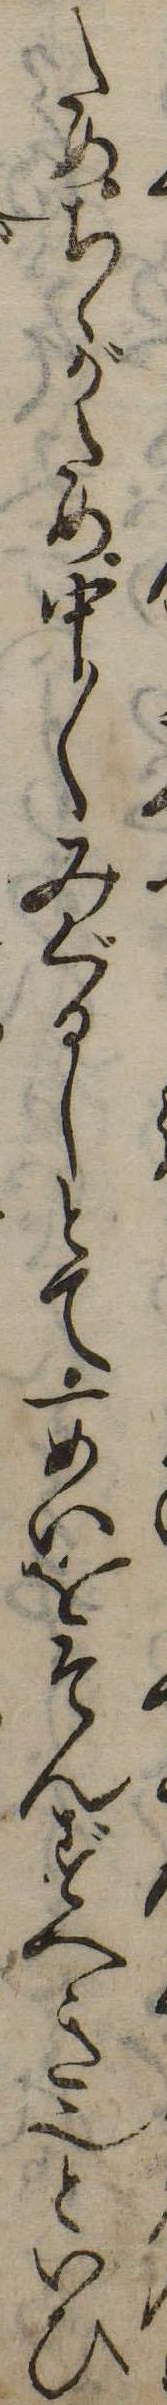
ためちゝがため中〱みぐるしとて一めいをそんずへき也といひ